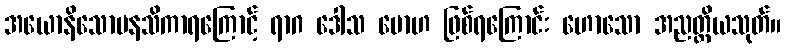
အယောနိသောမနသိကာရကြောင့် ရာဂ ဒေါသ မောဟ ဖြစ်ရကြောင်း ဟောသော အညတ္ထိယသုတ်။